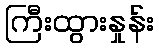
ကြီးထွားနှုန်း